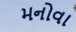
મનોવા